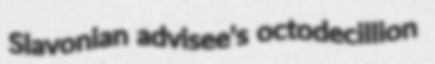
Slavonian advisee's octodecillion